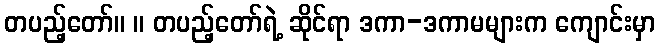
တပည့်တော်။ ။ တပည့်တော်ရဲ့ ဆိုင်ရာ ဒကာ-ဒကာမများက ကျောင်းမှာ